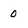
Character: 0